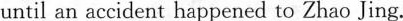
until an accident happened to Zhao Jing.